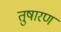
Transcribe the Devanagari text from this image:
तुषारण